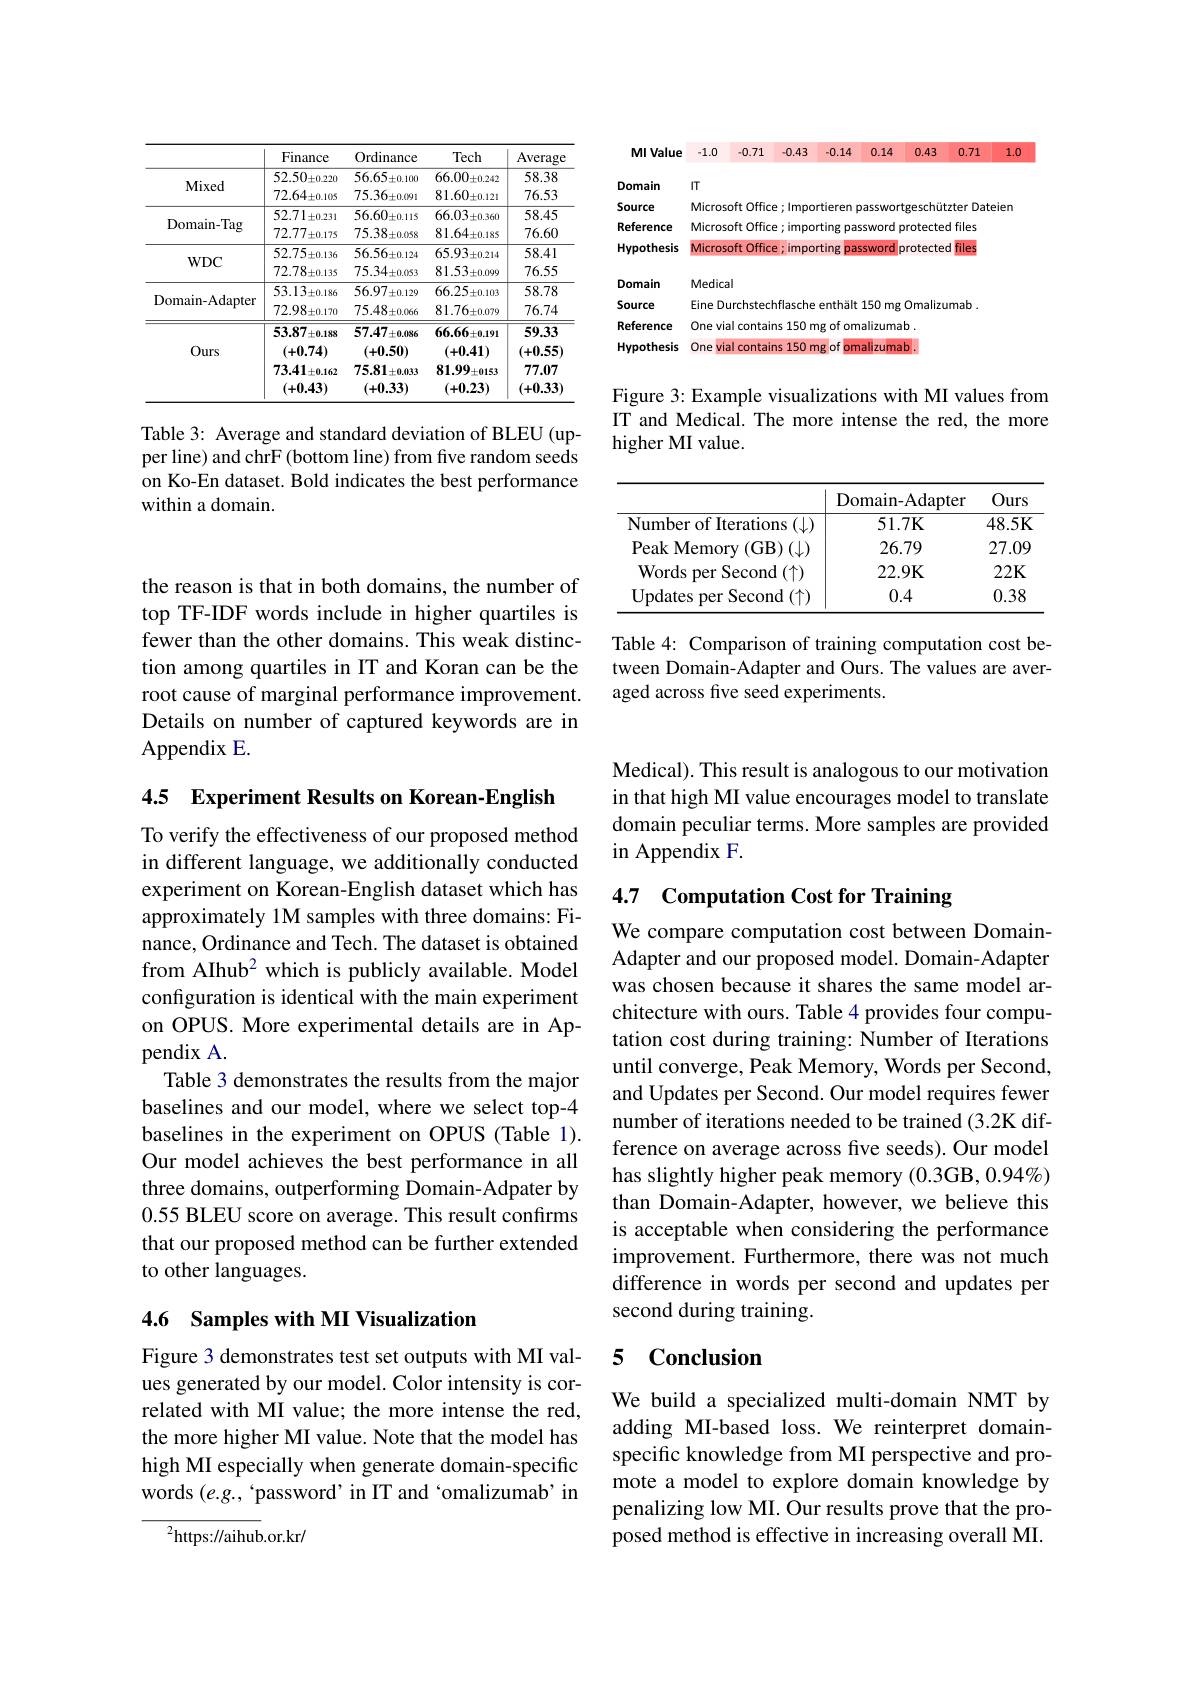
<table>
	<tbody>
		<tr>
			<th> </th>
			<th>Finance</th>
			<th>Ordinance</th>
			<th>Tech</th>
			<th>Averagc</th>
		</tr>
		<tr>
			<td rowspan="2">Mixed</td>
			<td>$52.50_{\pm0.220}$</td>
			<td>$56.65\pm0.100$</td>
			<td>$66.00_{\pm0.242}$</td>
			<td>58.38</td>
		</tr>
		<tr>
			<td>$72.64\pm0.105$</td>
			<td>$75.36\pm0.091$</td>
			<td>$81.60_{\pm0.121}$</td>
			<td>76.53</td>
		</tr>
		<tr>
			<td rowspan="2">Domain- Tag</td>
			<td>52.71 $\pm0.231$</td>
			<td>$56.60_{\pm0.115}$</td>
			<td>66.03 $5\pm0.360$</td>
			<td>58.45</td>
		</tr>
		<tr>
			<td>$72.77_{\pm0.175}$</td>
			<td>$75.38\pm0.058$</td>
			<td>$81.64\pm0.185$</td>
			<td>76.60</td>
		</tr>
		<tr>
			<td rowspan="2">$WDC$</td>
			<td>52.75 $\bar{\mathcal{Y}}_{\pm0.136}$</td>
			<td>$56.56\pm0.124$</td>
			<td>$65.93\pm0.214$</td>
			<td>58.41</td>
		</tr>
		<tr>
			<td>72.78 $8\pm0.135$</td>
			<td>$75.34\pm0.053$</td>
			<td>$81.53_{\pm0.099}$</td>
			<td>76.55</td>
		</tr>
		<tr>
			<td rowspan="2">${\mathrm{Domain-Adapter}}$</td>
			<td>$53.13\pm0.186$</td>
			<td>56.97: $7\pm0.129$</td>
			<td>66.25: $5\pm0.103$</td>
			<td>58.78</td>
		</tr>
		<tr>
			<td>$72.98_{\pm0.170}$</td>
			<td>$75.48\pm0.066$</td>
			<td>$81.76\pm0.079$</td>
			<td>76.74</td>
		</tr>
		<tr>
			<td rowspan="2">Ours</td>
			<td>$53.87_{\pm0.188}$ (+0.74)</td>
			<td>57.47 $7\pm0.086$ (+0.50)</td>
			<td>$66.66\pm0.191$ (+0.41)</td>
			<td>59.33 (+0.55</td>
		</tr>
		<tr>
			<td>73.41 $l_{\pm0.162}$ (+0.43)</td>
			<td>75.81 $.\pm0.033$ (+0.33)</td>
			<td>81.99 $1\pm0153$ (+0.23)</td>
			<td>77.07 (+0.33)</td>
		</tr>
	</tbody>
</table>

Table 3: Average and standard deviation of BLEU (upper line) and chrF (bottom line) from five random seeds on Ko-En dataset. Bold indicates the best performance within a domain.

<table>
	<tbody>
		<tr>
			<th>MI Value</th>
			<th>-1.0</th>
			<th>-0.71</th>
			<th>-0.43</th>
			<th>-0.14</th>
			<th>0.14</th>
			<th>0.43</th>
			<th>0.71</th>
			<th>1.0</th>
		</tr>
		<tr>
			<td>Domain</td>
			<td>IT</td>
			<td> </td>
			<td> </td>
			<td> </td>
			<td> </td>
			<td> </td>
			<td> </td>
			<td> </td>
		</tr>
		<tr>
			<td>Source</td>
			<td>Micros</td>
			<td colspan="7">ft Office; Importieren passwortgeschützter Dateien</td>
		</tr>
		<tr>
			<td>Reference</td>
			<td>Micros</td>
			<td colspan="7">crosoft Office; importing password protected files</td>
		</tr>
		<tr>
			<td>Hypothesis</td>
			<td colspan="8">Microsoft Office; importing files password protected</td>
		</tr>
		<tr>
			<td>Domain</td>
			<td>Medica</td>
			<td colspan="7">Medical</td>
		</tr>
		<tr>
			<td>Source</td>
			<td colspan="8">Eine Durchstechflasche enthält 150 mg Omalizumab .</td>
		</tr>
		<tr>
			<td>Reference</td>
			<td colspan="8">One vial contains 150 mg of omalizumab.</td>
		</tr>
		<tr>
			<td>Hypothesis</td>
			<td>One $vi$</td>
			<td colspan="7">$2nf$ ria 12-</td>
		</tr>
	</tbody>
</table>

Figure 3: Example visualizations with MI values from IT and Medical. The more intense the red, the more higher MI value.

<table>
	<tbody>
		<tr>
			<th> </th>
			<th>Domain- Adapter</th>
			<th>Ours</th>
		</tr>
		<tr>
			<td>Number of Iterations</td>
			<td>51.7K</td>
			<td>48.5K</td>
		</tr>
		<tr>
			<td>Peak Memory ( GB) ( $\downarrow$) </td>
			<td>26.79</td>
			<td>27.09</td>
		</tr>
		<tr>
			<td>Words per Second $\operatorname{I}\left(\uparrow\right)$</td>
			<td>22.9K</td>
			<td>$22K$</td>
		</tr>
		<tr>
			<td>${\mathrm{Updates~per~Second}}$ $(\uparrow)$ 1</td>
			<td>0.4</td>
			<td>0.38</td>
		</tr>
	</tbody>
</table>

Table 4: Comparison of training computation cost between Domain-Adapter and Ours. The values are averaged across five seed experiments.

the reason is that in both domains, the number of top TF-IDF words include in higher quartiles is fewer than the other domains. This weak distinction among quartiles in IT and Koran can be the root cause of marginal performance improvement. Details on number of captured keywords are in Appendix E.

4.5 Experiment Results on Korean-English

To verify the effectiveness of our proposed method in different language, we additionally conducted experiment on Korean-English dataset which has approximately 1M samples with three domains: Finance, Ordinance and Tech. The dataset is obtained from AIhub$^{2}$ which is publicly available. Model configuration is identical with the main experiment on OPUS. More experimental details are in Appendix A.
Table 3 demonstrates the results from the major baselines and our model, where we select top-4 baselines in the experiment on OPUS (Table 1). Our model achieves the best performance in all three domains, outperforming Domain-Adpater by 0.55 BLEU score on average. This result confirms that our proposed method can be further extended to other languages.

## 4.6 Samples with MI Visualization

Figure 3 demonstrates test set outputs with MI values generated by our model. Color intensity is correlated with MI value; the more intense the red, the more higher MI value. Note that the model has high MI especially when generate domain-specific words $(e.g.$, ‘password’in IT and‘omalizumab’in

${}^{2}$https://aihub.or.kr/

Medical). This result is analogous to our motivation in that high MI value encourages model to translate domain peculiar terms. More samples are provided in Appendix F.

## 4.7 Computation Cost for Training

We compare computation cost between DomainAdapter and our proposed model. Domain-Adapter was chosen because it shares the same model architecture with ours. Table 4 provides four computation cost during training: Number of Iterations until converge, Peak Memory, Words per Second, and Updates per Second. Our model requires fewer number of iterations needed to be trained (3.2K difference on average across five seeds). Our model has slightly higher peak memory (0.3GB, 0.94%) than Domain-Adapter, however, we believe this is acceptable when considering the performance improvement. Furthermore, there was not much difference in words per second and updates per second during training.

### 5 Conclusion

We build a specialized multi-domain NMT by adding MI-based loss. We reinterpret domainspecific knowledge from MI perspective and promote a model to explore domain knowledge by penalizing low MI. Our results prove that the proposed method is effective in increasing overall MI.